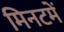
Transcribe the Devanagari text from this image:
मिनटमें